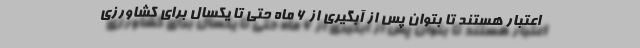
اعتبار هستند تا بتوان پس از آبگیری از ۶ ماه حتی تا یکسال برای کشاورزی